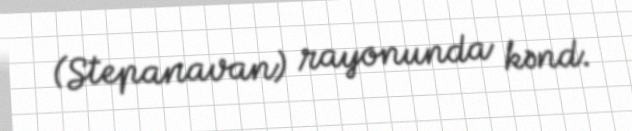
(Stepanavan) rayonunda kənd.